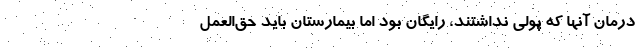
درمان آنها که پولی نداشتند، رایگان بود اما بیمارستان باید حق‌العمل